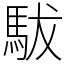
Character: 䮂